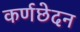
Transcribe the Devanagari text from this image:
कर्णछेदन